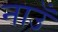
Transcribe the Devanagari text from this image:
नाउँ